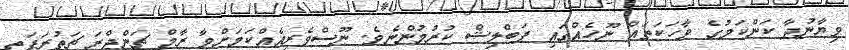
ވިޔާނުދާ ކަންކަމުގެ ވާހަކަތައް ނޫހެއްގައި ޕަބްލިޝް ކުރުމުންނެވެ. ނޫސްވެރިއެއްކަމަށްވާ ރާމް ޗަންދްރަ ޗަތުރަޕަތީ